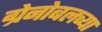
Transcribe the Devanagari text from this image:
ग्रेनोबलच्या